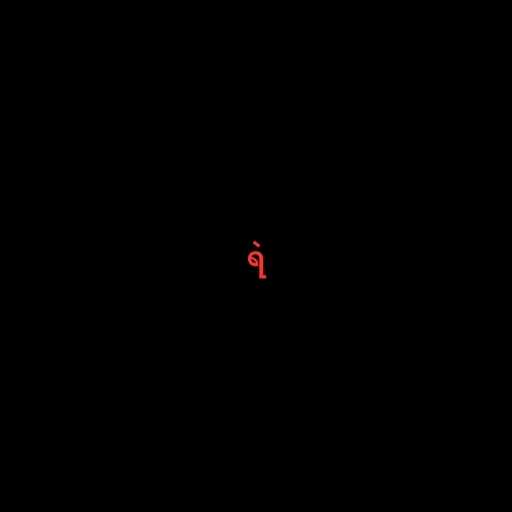
ရဲ